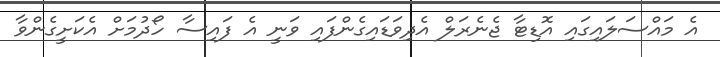
އެ މައްސަލައިގައި އޮޑިޓާ ޖެނެރަލް އެދިވަޑައިގެންފައި ވަނީ އެ ފައިސާ ހޯދުމަށް އެކަށީގެންވާ